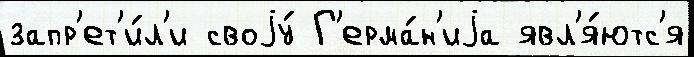
запр'ет'и́л'и своjу́ Г'ерма́н'иjа явл'я́ютс'я